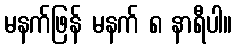
မနက်ဖြန် မနက် ၈ နာရီပါ။